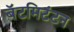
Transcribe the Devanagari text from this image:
बॅटमिटंटन